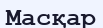
Масқар